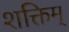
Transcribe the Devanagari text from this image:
शक्तिम्‌